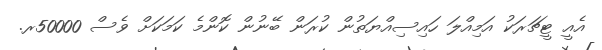
އެއީ ޓީޗަރަކު އަމިއްލަ ހައިސިއްޔަތުން ކުރަން ބޭނުން ކޮންމެ ކަމަކަށް ވެސް 50000ރ.